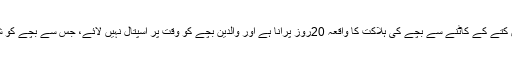
صوبائی وزیر اطلاعات سعید غنی نے کہا کہ ’’لاڑکانہ میں کتے کے کاٹنے سے بچے کی ہلاکت کا واقعہ 20روز پرانا ہے اور والدین بچے کو وقت پر اسپتال نہیں لائے، جس سے بچے کو شدید انفیکشن ہوااور ایسے میں انجکشن نہیں دیا جاسکتا تھا‘‘۔